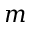
m